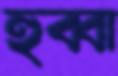
হুব্বা